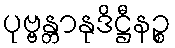
ပုဗ္ဗန္တာနုဒိဋ္ဌီနဉ္စ